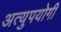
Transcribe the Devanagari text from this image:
अत्युपयोगी